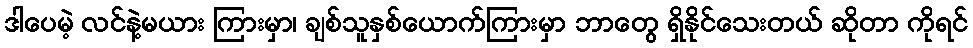
ဒါပေမဲ့ လင်နဲ့မယား ကြားမှာ၊ ချစ်သူနှစ်ယောက်ကြားမှာ ဘာတွေ ရှိနိုင်သေးတယ် ဆိုတာ ကိုရင်